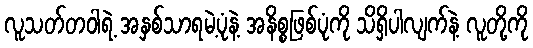
လူသတ်တဝါရဲ့ အနှစ်သာရမဲ့ပုံနဲ့ အနိစ္စဖြစ်ပုံကို သိရှိပါလျက်နဲ့ လူတို့ကို